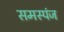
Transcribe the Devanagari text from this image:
समस्पंज